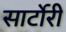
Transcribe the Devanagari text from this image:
सार्टोरी